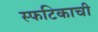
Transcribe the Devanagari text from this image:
स्फटिकाची